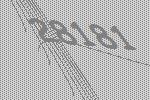
28181